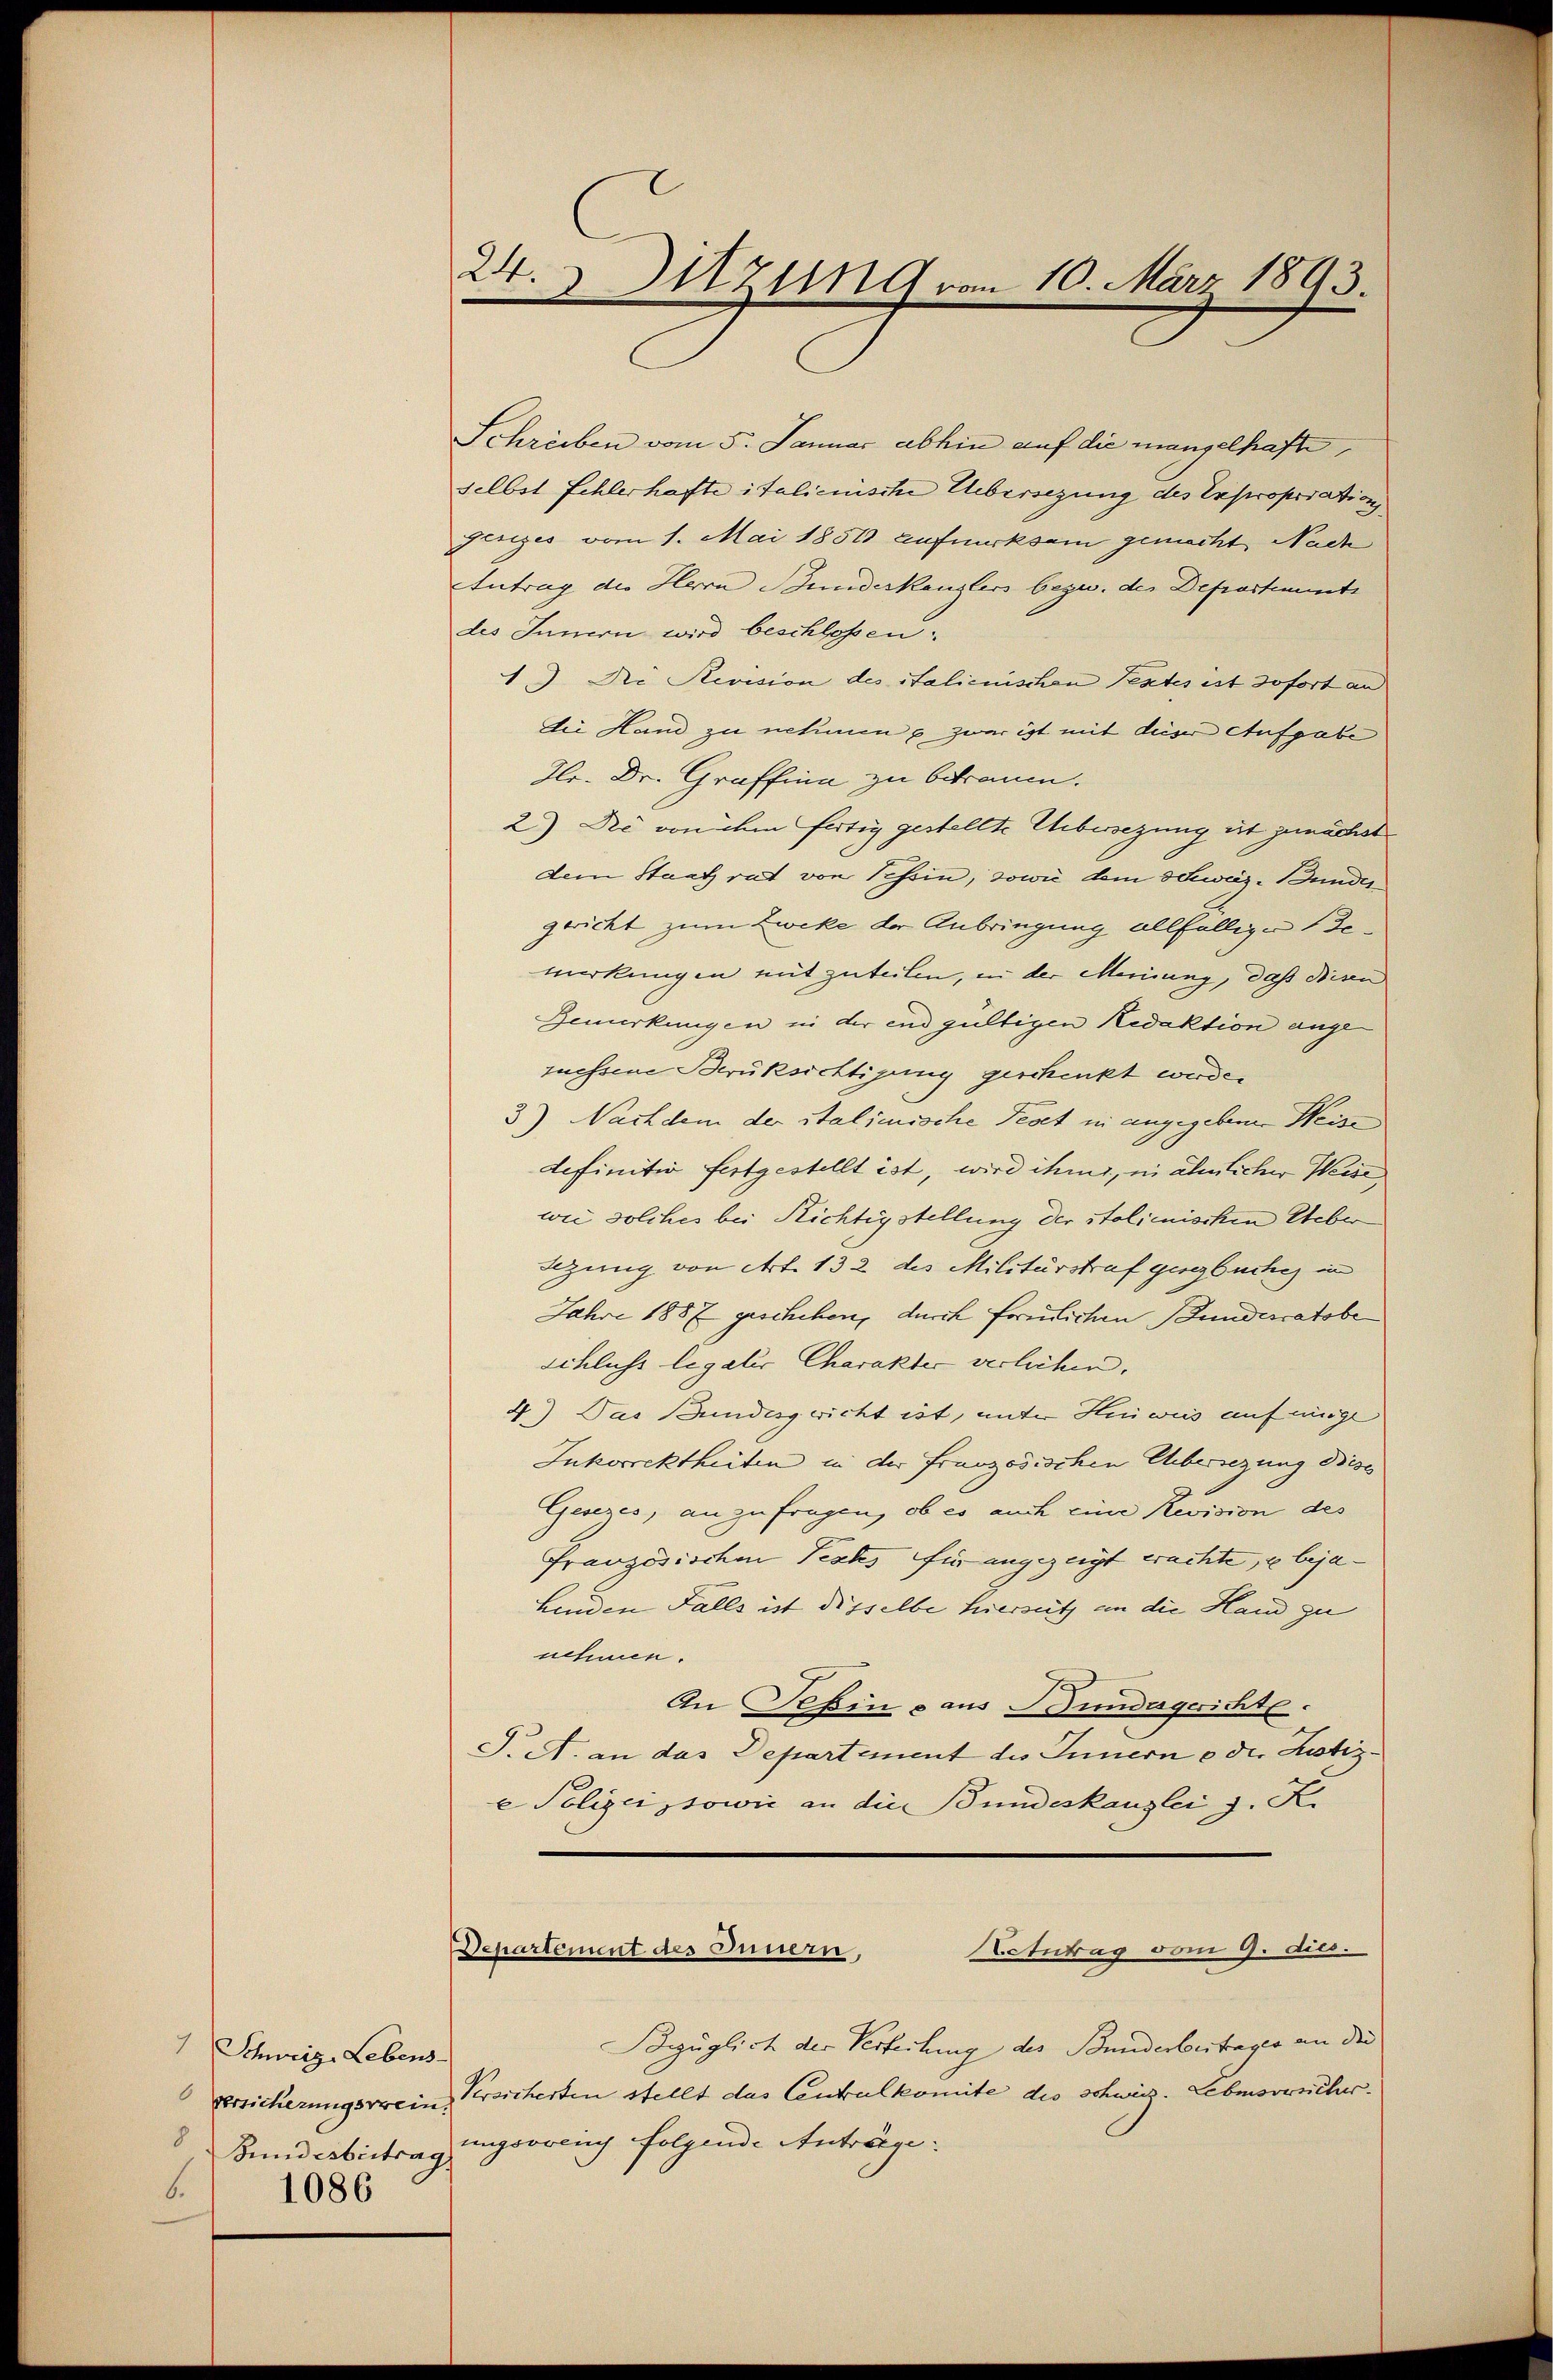
Schweiz, Lebens-
8 Bundesbeitrag
6.
1086

24. Sitzung vom 10. März 1893.

Schreiben vom 5. Januar abhin auf die mangelhafte
selbst Fehlerhafte italienische Uebersezung des Expropriations
Jeriges vom 1. Mai 1851 aufmerksam gemacht Nach
Antrag die Herrn Bundeskanzlers bezw. der Deprestimmt
des Innern wird beschlossen.
1.) Die Revision des Italienischen Textes ist sofort an
die Hand zu nehme & zwar ist mit dieser Aufgabe
Hr. Dr. Graffina zu betrauen.
2.) Die von ihm fertig gestellte Uebersezung ist zunächst
dem Staat rat von Schein, sowie dem Schweiz. Bunder
gericht zum Zweke der Anbringung allfällige Bemerkungen mitzuteilen, in der Meinung, daß dien
Bemerkungen in der und gültigen Redaktion angeruessene Berüksichtigung geschenkt wurde.
3.) Nachdem der italienische Fedet in angegebenen Weise
definitiv festgestellt ist, wird ihm, in ähnlicher Weise
wee solches bei Richtigstellung der italienischen Ueber
Lzung von Art. 132 des Militärstraf gesezbuchig in
Jahre 1887 geschehen, durch formlichen Bundesratsbe
schliche legalis Charakter verlichen.
4) Das Bundesgricht ist, unter Hniwus auf einge
Iukorrektheiten in der Französischen Uebersezung dieses
Gesezes, an zu fragen, ob es auch eine Revision des
französischen Textes für angezeigt wachte, u bejahenden Falls ist disselbe hiersetz an die Hand zu
nehmen.
An Schin aus Bundegerichte.
J. A. an das Departement des Innern oder Justize Polizei sowie an die Bundeskanzlei z. K.
Netntag vom 9. dies.
Departement des Innern,
Bezüglich der Verteilung des Bunderbeitrages an die
Versicherungswein, Prsicherten stellt das Centralkomite des Schweiz. Lebensorscher.
ungvorrich folgende Anträge.